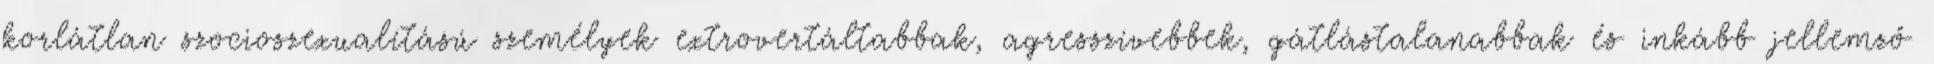
korlátlan szocioszexualítású személyek extrovertáltabbak, agresszívebbek, gátlástalanabbak és inkább jellemző